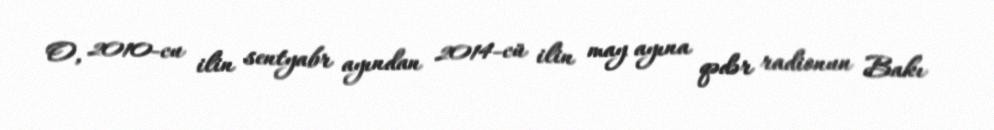
O, 2010-cu ilin sentyabr ayından 2014-cü ilin may ayına qədər radionun Bakı